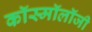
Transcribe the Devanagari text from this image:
कॉस्मॉलॉजी